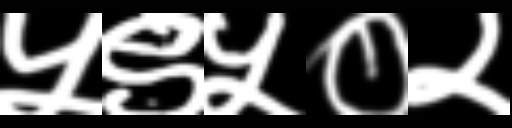
Text: ५९५०२